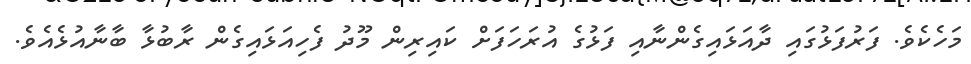
މަހެކެވެ. ފަރުފަޅުގައި ދާއަޅައިގެންނާއި ފަޅުގެ އުރަހަފަށް ކައިރިން މޫދު ފެހިއަޅައިގެން ރާބުޅާ ބާނާއުޅެއެވެ.